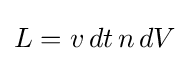
L=v\,dt\,n\,dV